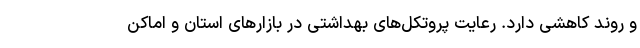
و روند کاهشی دارد. رعایت پروتکل‌های بهداشتی در بازارهای استان و اماکن